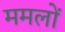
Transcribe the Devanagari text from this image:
ममलों